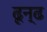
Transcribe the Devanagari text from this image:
ढून्ढ